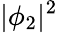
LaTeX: |\phi_{2}|^{2}